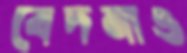
বেদনাও